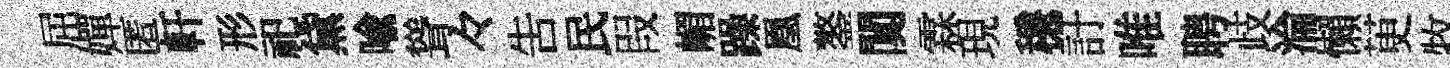
屈嬋匿軒形祀黛喻聳々吿民叚嵋躁凰鏊闃霖現穩訏唯聘歧淪懶茰牧